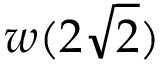
w ( 2 \sqrt { 2 } )